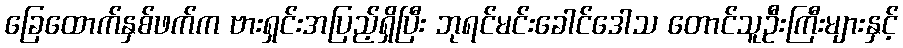
ခြေထောက်နှစ်ဖက်က ဗားရှင်းအပြည့်ရှိပြီး ဘုရင်မင်းခေါင်ဒေါသ တောင်သူဦးကြီးများနှင့်